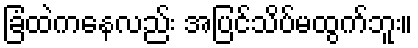
ခြံထဲကနေလည်း အပြင်သိပ်မထွက်ဘူး။